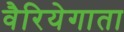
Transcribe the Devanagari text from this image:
वैरियेगाता